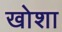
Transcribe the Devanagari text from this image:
खोशा